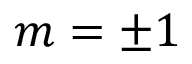
m = \pm 1